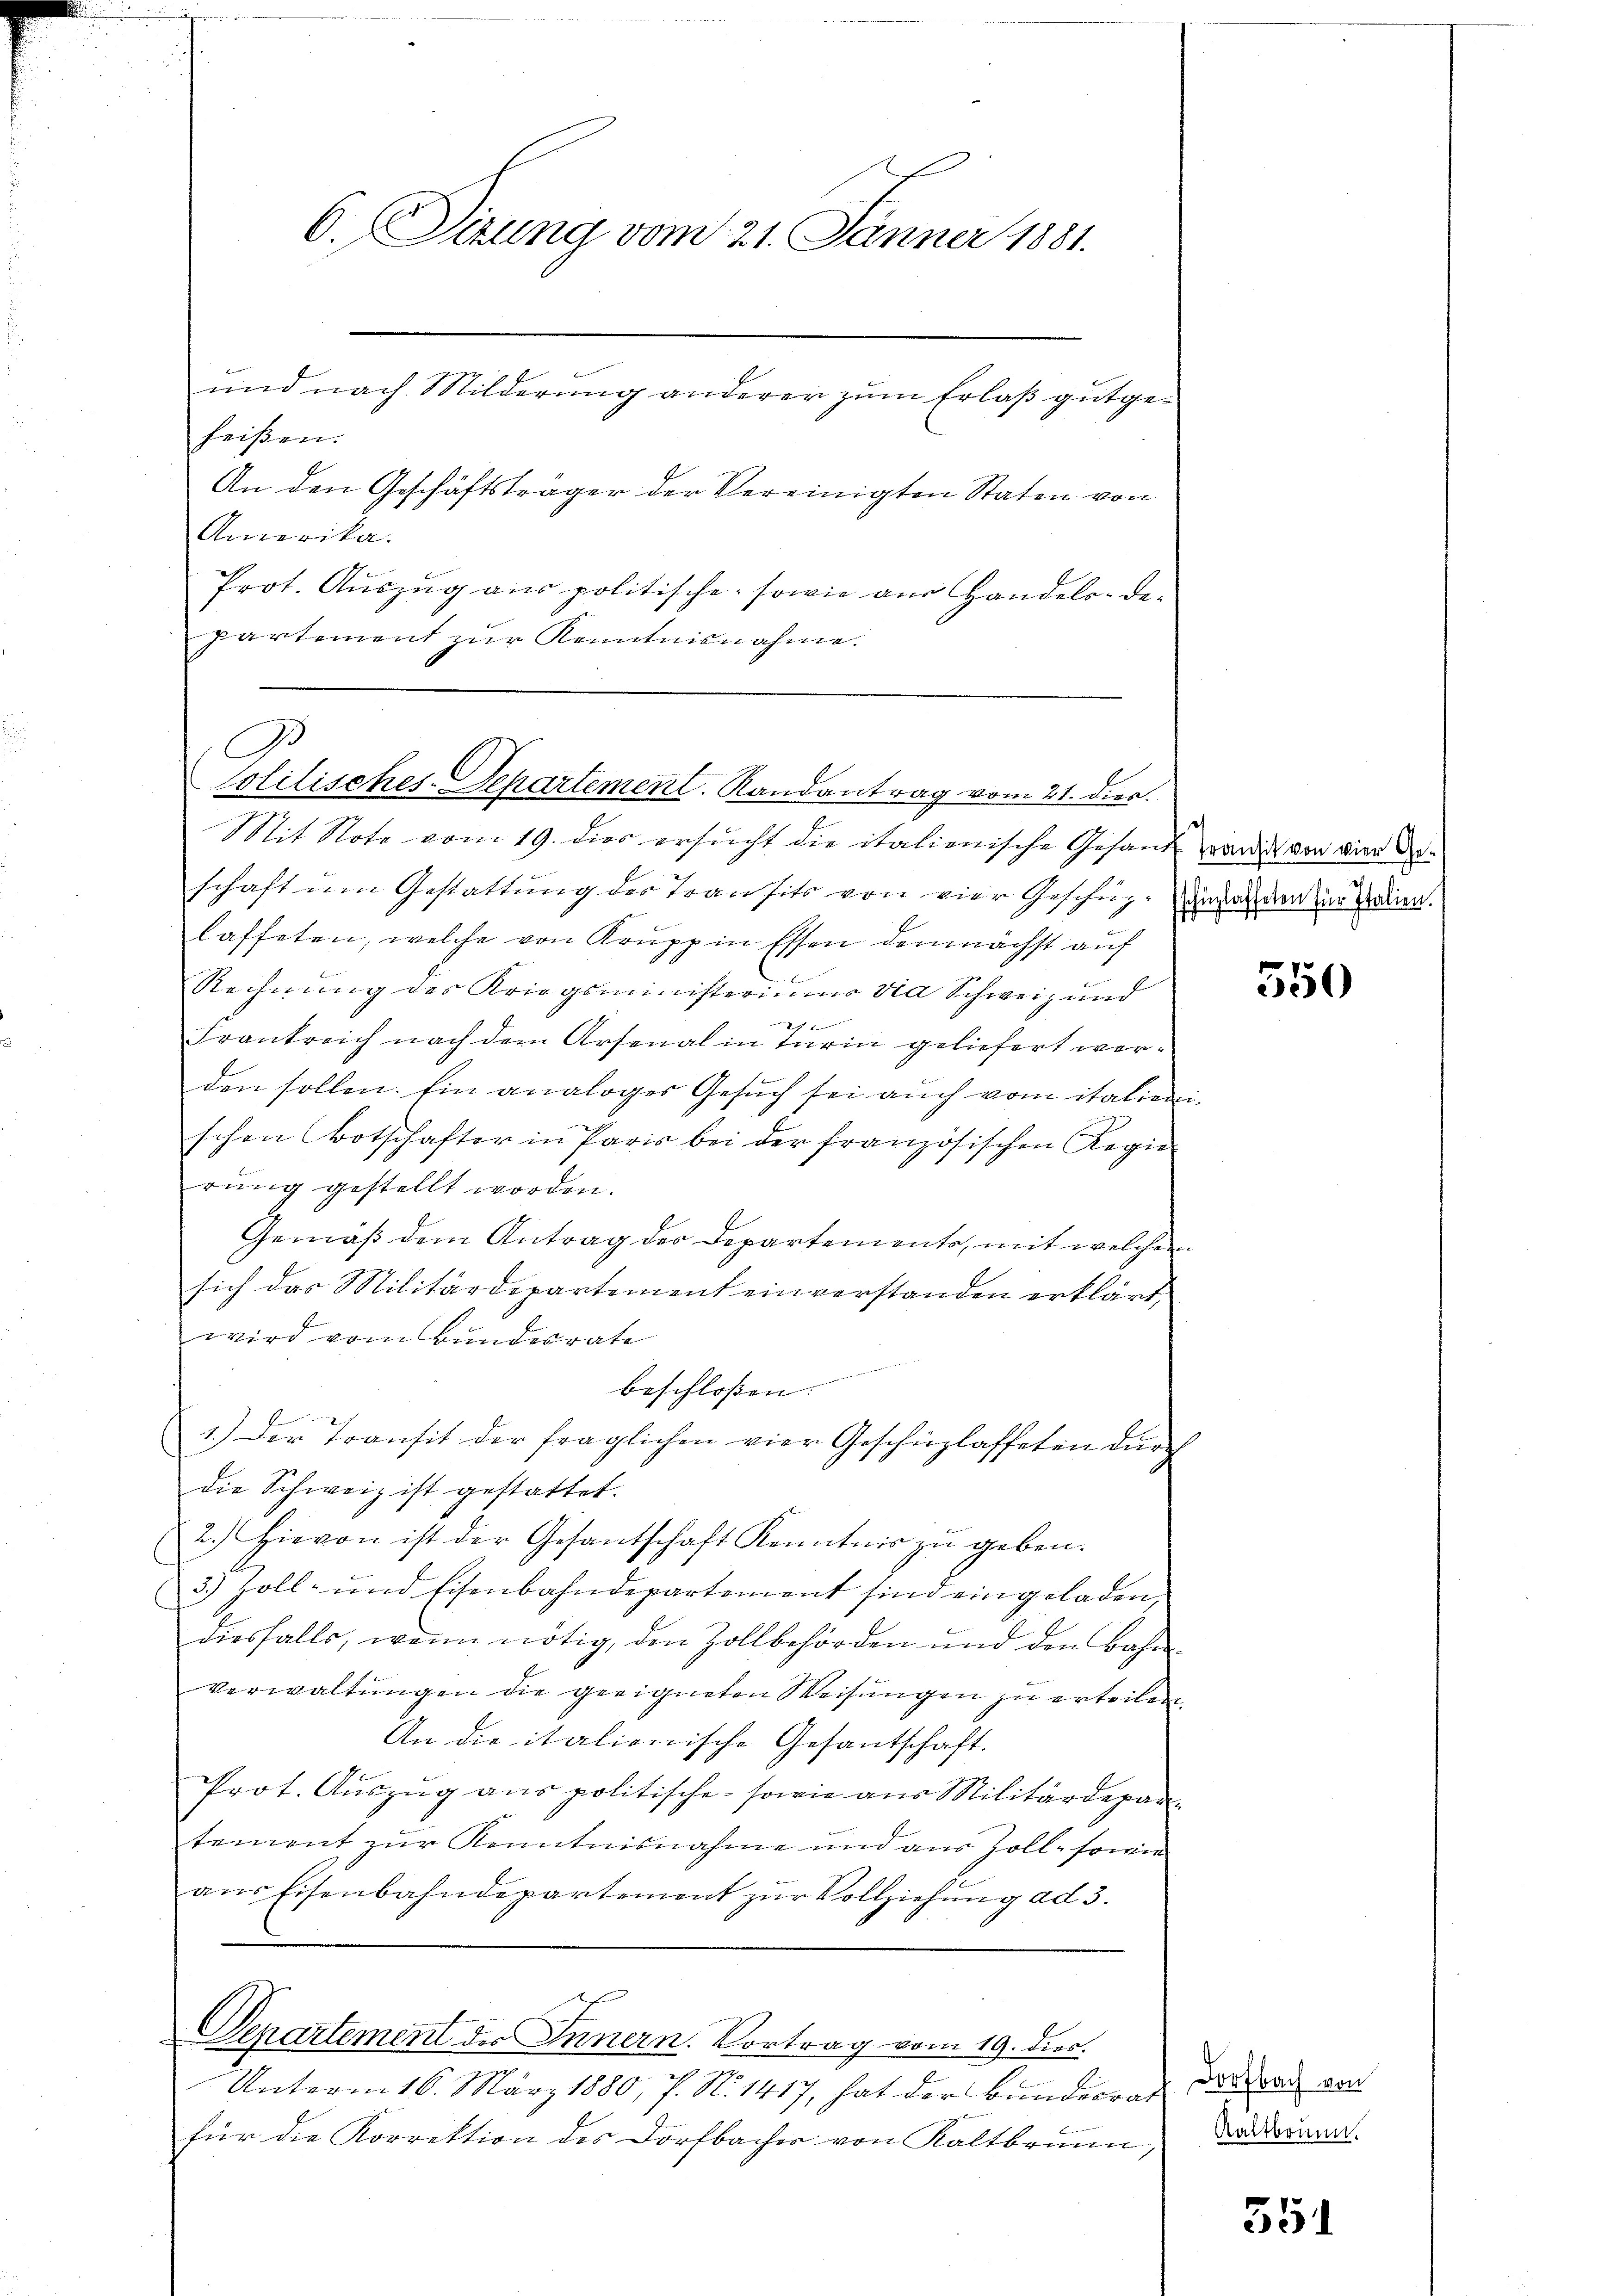
6. Sizung vom 21. Jänner 1881.
und nach Milderung anderer zum Erlaß gutgeheißen.
An den Geschäftsträger der Vereinigten Staten von

Amerika.
Prot. Auszug aus politische, sowie aus Handels-Departement zur Kenntnisnahme.

G
Colitisches-Departement. Randantrag vom 21. dies.

Mit Note vom 19. dies ersucht die italienische Gesandt wordes von die derschaft um Gestattung des Transits von vier Geschäz-zuwenden zur Bedien.
laffeten, welche von Krupp in Essen demnächst auf
Rechnung des Kriegsministeriums die Schweiz und
2 x
Frankreich nach dem Arsenal in Turin geliefert werden sollen. Ein analoges Gesuch sei auch vom italienischen Botschafter in Paris bei der französischen Regie
rung gestellt worden.
Gemäß dem Antrag der Departements, mit welchen
sich das Militärdepartement einverstanden erklärt,
wird vom Bundesrate
beschlossen:
1.) Der Transit der fraglichen vier Geschäzlaffeten dŭrch
die Schweiz ist gestattet.
2.) Hievon ist der Gesantschaft Kenntnis zu geben.
3) Zoll- und Eisenbahndepartement sind eingeladen
diesfalls, wenn nötig, den Zollbehörden und den Bahn
verwaltungen die geeigneten Weisungen zu erteilen
An die italionische Gesantschaft.
Prot. Auszug aus politische sowie aus Militärdepartement zur Kenntnisnahme und aus Zoll- sowie
aus Eisenbahndepartement zur Vollziehung ad 3.

Departement des Innern. Vortrag vom 19. dies.

Unterm 16. März 1880, 7. N. 1417, hat der Bundesrat
für die Korrektion des Dorfbacher von Kaltbrunn,

550

Dorfbach von
Kaltbrunn.

551